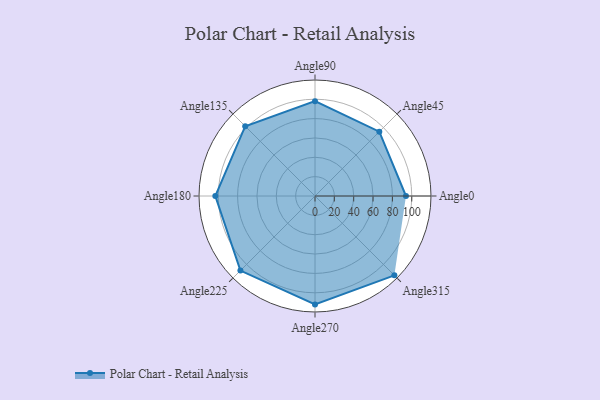
{"axis": {"x": "Angle", "y": "Radius"}, "legend": [""], "data": [{"x": "Angle0", "y": 94.0, "type": ""}, {"x": "Angle45", "y": 94.0, "type": ""}, {"x": "Angle90", "y": 98.0, "type": ""}, {"x": "Angle135", "y": 102.0, "type": ""}, {"x": "Angle180", "y": 103.0, "type": ""}, {"x": "Angle225", "y": 109.0, "type": ""}, {"x": "Angle270", "y": 112.0, "type": ""}, {"x": "Angle315", "y": 116.0, "type": ""}]}